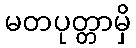
မတပုတ္တာမှိ